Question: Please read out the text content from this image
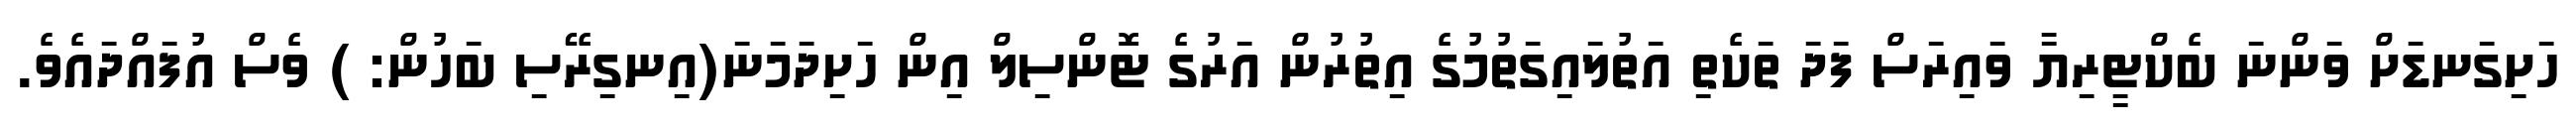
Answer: ހަށިގަނޑަށް ވަންނަ ބެކްޓީރިޔާ ވައިރަސް ފަދަ ތަކެތި އަތުލައިގަތުމުގެ އިތުރުން އަރުގެ ޓޮންސިލް އިން ހަށިދަމަނަ(އިނގިރޭސި ބަހުން: ) ވެސް އުފައްދައެވެ.